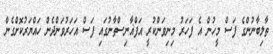
ތާލިބާނުންގެ ފަސް މީހުން އެ ފަހަރު މިނިވަންކުރީ އަފްޣާނިސްތާނުގައި ފަސް އަހަރުވަންދެން ހައްޔަރުކޮށްގެން